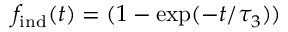
f _ { \mathrm { i n d } } ( t ) = ( 1 - \exp ( - t / \tau _ { 3 } ) )